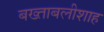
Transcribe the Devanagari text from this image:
बख्ताबलीशाह